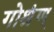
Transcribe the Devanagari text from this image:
गोश्रृंण